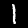
Digit: 1